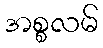
အစ္စလမ်